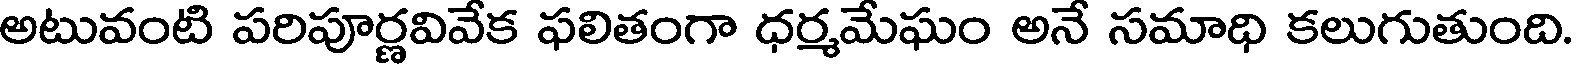
అటువంటి పరిపూర్ణవివేక ఫలితంగా ధర్మమేఘం అనే సమాధి కలుగుతుంది